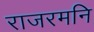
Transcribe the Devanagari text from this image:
राजरमनि